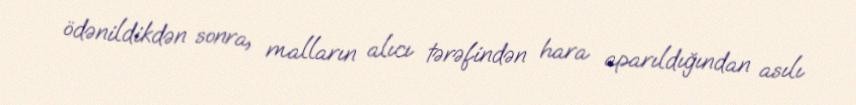
ödənildikdən sonra, malların alıcı tərəfindən hara aparıldığından asılı